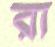
রা